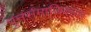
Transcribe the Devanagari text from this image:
पुनर्समाजिकरण